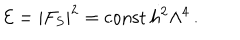
{ \cal E } = | F _ { S } | ^ { 2 } = \mathrm { c o n s t } \, h ^ { 2 } \Lambda ^ { 4 } \, .